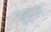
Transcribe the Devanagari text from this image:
सुश्रुताने